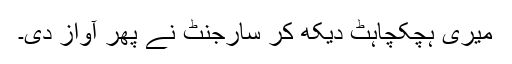
میری ہچکچاہٹ دیکھ کر سارجنٹ نے پھر آواز دی۔